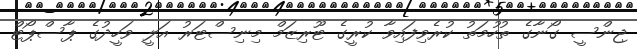
ޖިންސީ ގޯނާގެ ތުހުމަތު ކުރެވިފައިވާ ކުރީގެ ޓޫރިޒަމް މިނިސްޓަރު އަލީ ވަހީދުގެ ޕާސްޕޯޓް